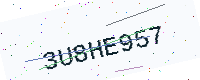
Text: 3U8HE957